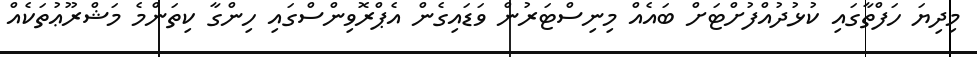
މިދިޔަ ހަފްތާގައި ކުޅުދުއްފުށްޓަށް ބައެއް މިނިސްޓަރުން ވަޑައިގެން އެޕްރޮވިންސްގައި ހިންގާ ކިތަންމެ މަޝްރޫޢުތަކެއް